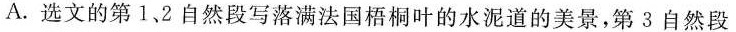
A.选文的第1、2自然段写落满法国梧桐叶的水泥道的美景，第3自然段